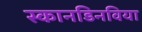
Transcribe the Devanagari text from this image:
स्कानडिनविया